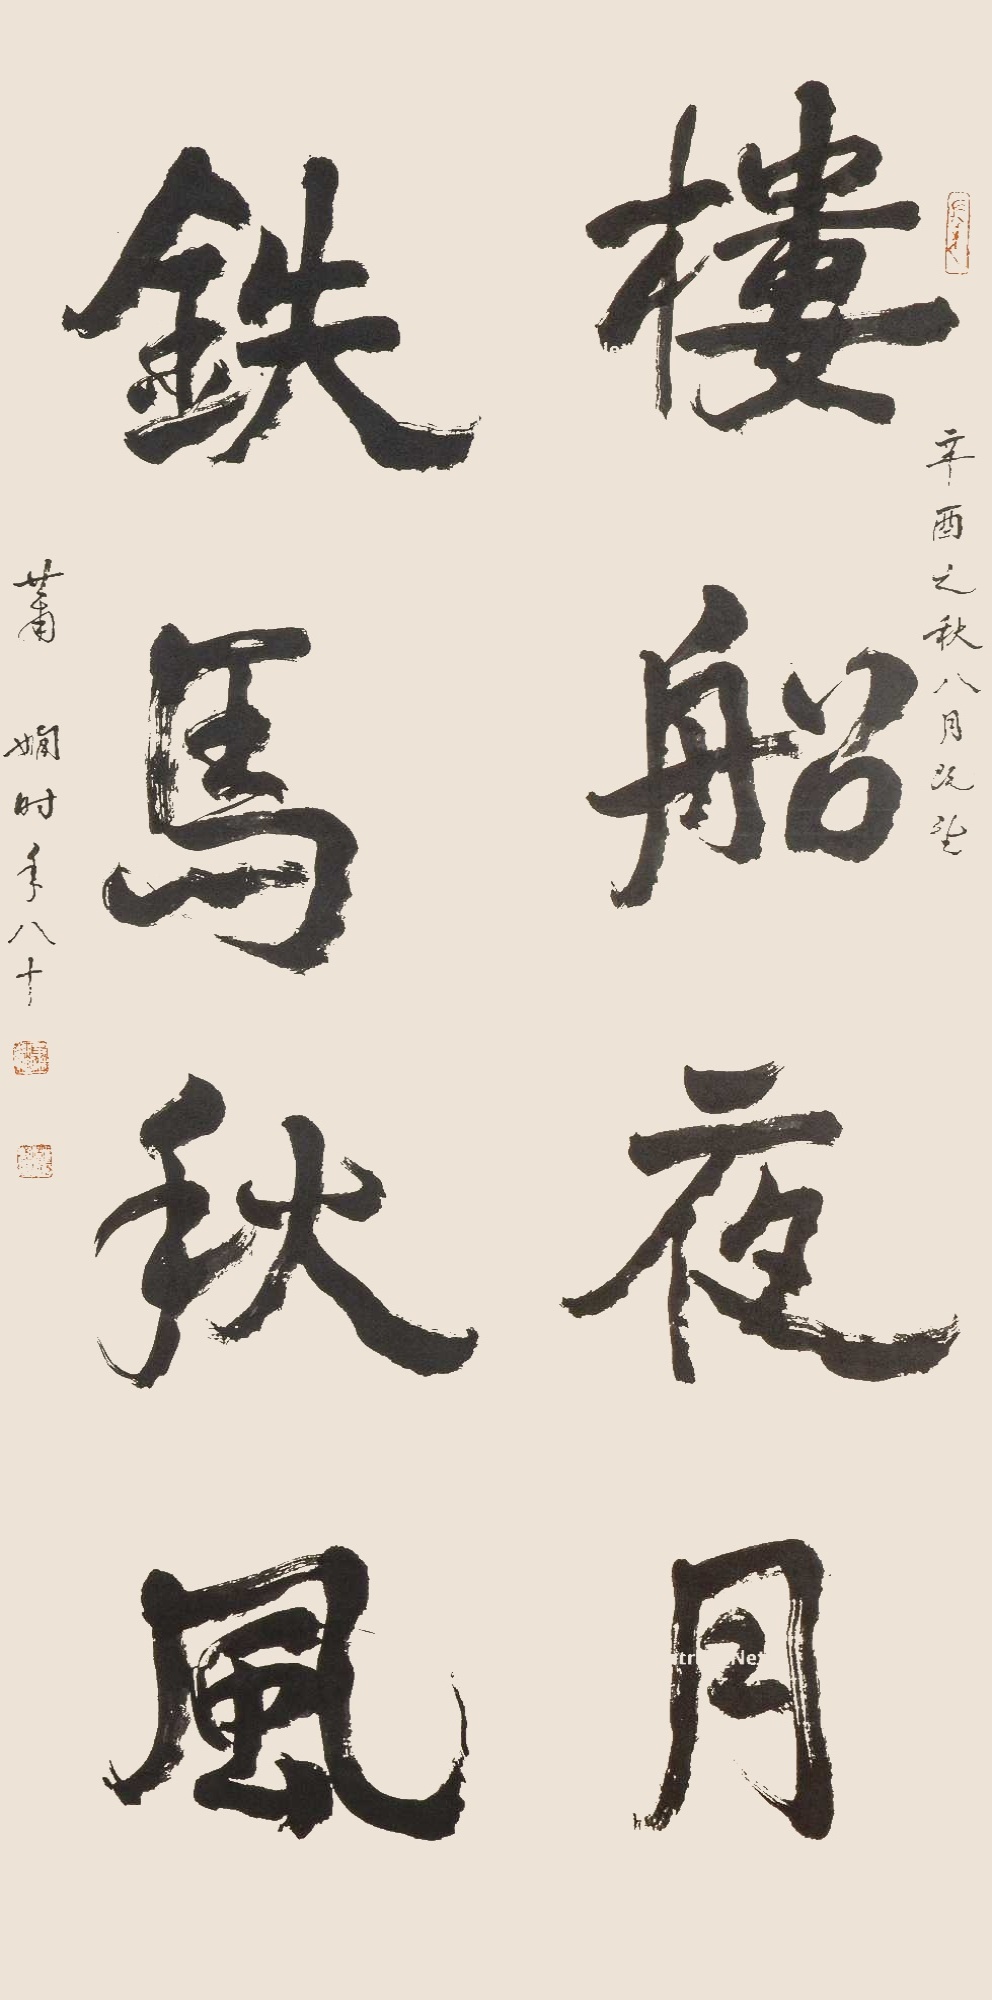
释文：楼船夜月，铁马秋风。辛酉之秋八月既望，萧娴时年八十。